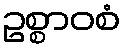
ဥစ္စာဝစံ